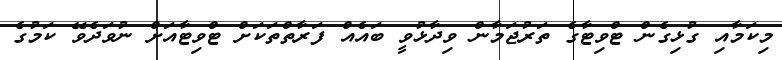
މިކަމާއި ގުޅިގެން ޓްވިޓާގެ ތަރުޖަމާން ވިދާޅުވީ ބައެއް ފަރާތްތަކަށް ޓްވިޓާއަށް ނުވަދެވޭ ކަމުގެ